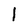
Character: l